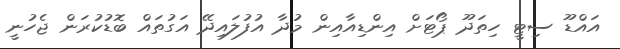
އައްޑޫ ސިޓީ ހިތަދޫ ޕޯޓަށް އިންޑިއާއިން މުދާ އުފުލައިދޭ އަގުތައް ބޮޑުކުރަން ޖެހުނީ